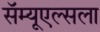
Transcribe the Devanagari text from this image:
सॅम्यूएल्सला